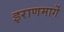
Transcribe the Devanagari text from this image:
इराणमार्गे